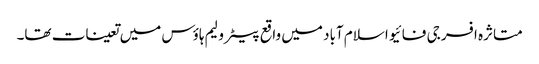
متاثرہ افسر جی فائیو اسلام آباد میں واقع پیٹرولیم ہاؤس میں تعینات تھا۔